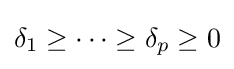
\delta _{1}\geq \cdots \geq \delta _{p}\geq 0